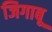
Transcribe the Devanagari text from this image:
जिगाबू